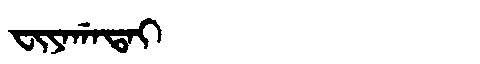
Manchu: ᠸᡳᠶᠠᡤᠠᡨᠠᡳ
Romanization: FIYAGATAI